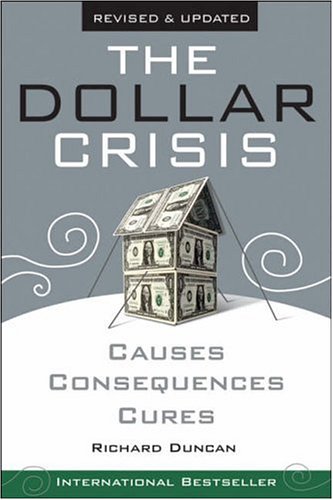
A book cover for The Dollar Crisis: Causes, Consequences, Cures; Richard Duncan; Business & Money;